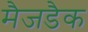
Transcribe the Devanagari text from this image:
मैजडैक